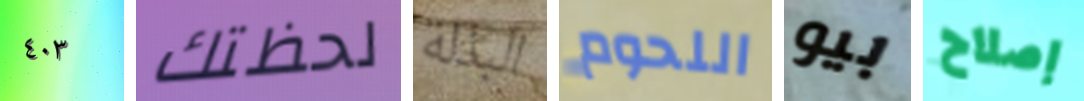
٤٠٣ لحظتك البذلة اللحوم بيو إصلاح